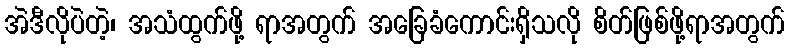
အဲဒီလိုပဲတဲ့၊ အသံထွက်ဖို့ ရာအတွက် အခြေခံကောင်းရှိသလို စိတ်ဖြစ်ဖို့ရာအတွက်